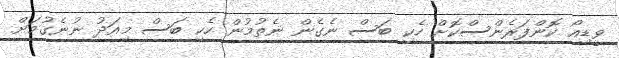
ވީޑިއޯ ކޮންފަރެންސްކޮށް ހެކި ބަސް ނެގެން ނެތުމުން ހެކި ބަސް މިއަދު ނުނެގުމަށް